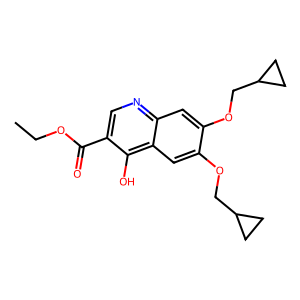
SMILES: CCOC(=O)c1cnc2cc(OCC3CC3)c(OCC3CC3)cc2c1O
Inhibits HIV replication: No